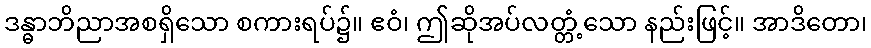
ဒန္ဓာဘိညာအစရှိသော စကားရပ်၌။ ဧဝံ၊ ဤဆိုအပ်လတ္တံ့သော နည်းဖြင့်။ အာဒိတော၊